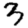
Digit: 3